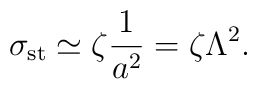
\sigma_{\rm st} \simeq \zeta\frac{1}{a^2} = \zeta\Lambda^2.